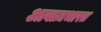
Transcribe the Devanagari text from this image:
आवाज़भारत